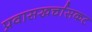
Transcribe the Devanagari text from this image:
प्रवासखर्चासकट